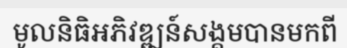
មូលនិធិអភិវឌ្ឍន៍សង្គមបានមកពី